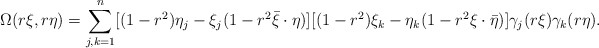
\begin{align*} \Omega(r\xi, r\eta)=\sum_{j,k=1}^n [(1-r^2)\eta_j-\xi_j(1-r^2\bar \xi\cdot \eta)][(1-r^2)\xi_k-\eta_k(1- r^2\xi\cdot \bar \eta)] \gamma_j(r\xi)\gamma_k(r\eta).\end{align*}